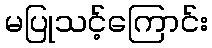
မပြုသင့်ကြောင်း